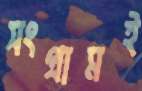
সংগ্রামই